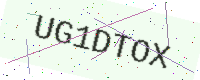
Text: UG1DTOX